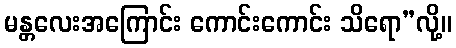
မန္တလေးအကြောင်း ကောင်းကောင်း သိရော”လို့။